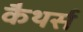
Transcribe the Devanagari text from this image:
कैथर्स